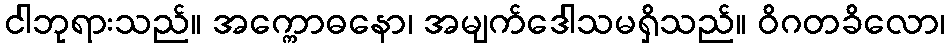
ငါဘုရားသည်။ အက္ကောဓနော၊ အမျက်ဒေါသမရှိသည်။ ဝိဂတခိလော၊